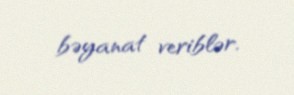
bəyanat veriblər.